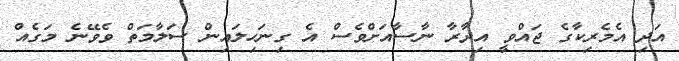
އަދި އެމެރިކާގެ ޖައްވީ އިދާރާ ނާސާއަށްވެސް އެ ގިނަހިލައިން ސަލާމަތް ވެވޭނެ މަގެއް